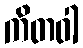
ကိတဝါ